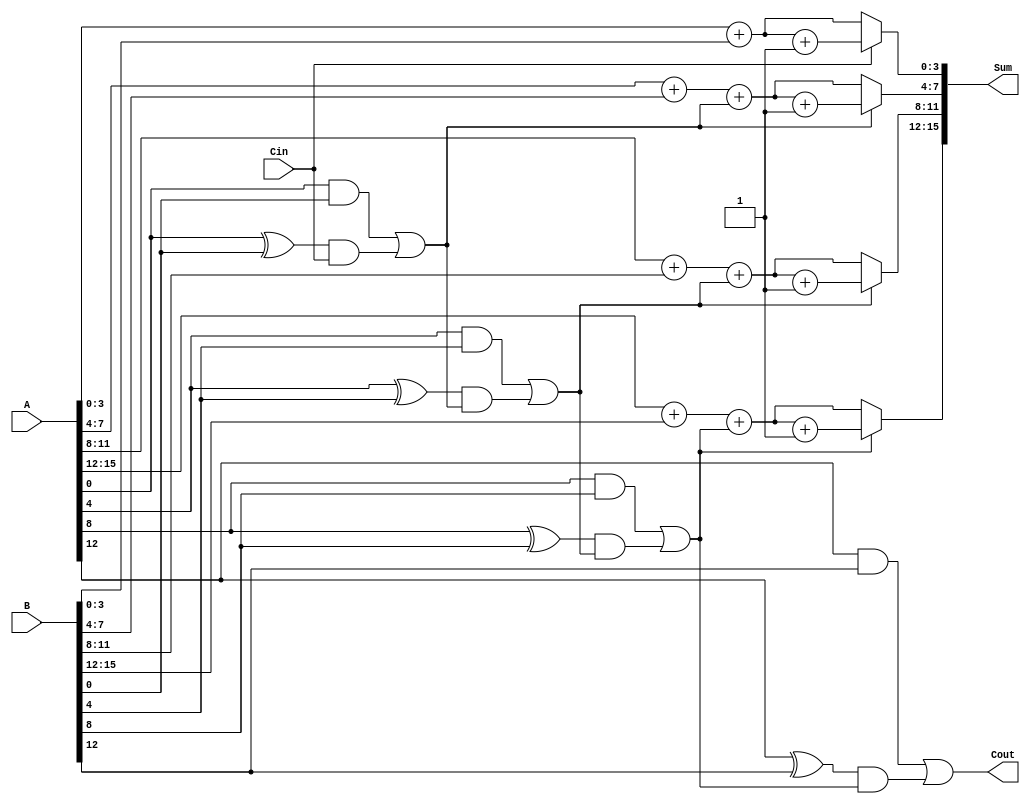
module CarrySelectAdder #(parameter N = 16, // Total number of bits
                          parameter GROUP_SIZE = 4) // Size of each group
(
    input [N-1:0] A,       // First input
    input [N-1:0] B,       // Second input
    input Cin,             // Carry input
    output [N-1:0] Sum,    // Sum output
    output Cout            // Carry output
);

    localparam NUM_GROUPS = N / GROUP_SIZE;
    
    wire [GROUP_SIZE-1:0] sum0 [NUM_GROUPS-1:0]; // Partial sums for Cin = 0
    wire [GROUP_SIZE-1:0] sum1 [NUM_GROUPS-1:0]; // Partial sums for Cin = 1
    wire [NUM_GROUPS-1:0] carry_out;              // Carry out for each group
    wire [NUM_GROUPS:0] carry_in;                 // Carry in for each group
    wire [GROUP_SIZE-1:0] G [NUM_GROUPS-1:0];     // Generate signals
    wire [GROUP_SIZE-1:0] P [NUM_GROUPS-1:0];     // Propagate signals

    // Generate and Propagate signals for each group
    genvar i, j;
    generate
        for (i = 0; i < NUM_GROUPS; i = i + 1) begin : group
            for (j = 0; j < GROUP_SIZE; j = j + 1) begin : bit
                assign G[i][j] = A[i*GROUP_SIZE + j] & B[i*GROUP_SIZE + j]; // Generate
                assign P[i][j] = A[i*GROUP_SIZE + j] ^ B[i*GROUP_SIZE + j]; // Propagate
            end
            
            // Calculate partial sums for Cin = 0 and Cin = 1
            if (i == 0) begin
                assign sum0[i] = A[GROUP_SIZE-1:0] + B[GROUP_SIZE-1:0];
                assign sum1[i] = sum0[i] + 1; // Add 1 for Cin = 1
            end else begin
                assign sum0[i] = A[i*GROUP_SIZE +: GROUP_SIZE] + B[i*GROUP_SIZE +: GROUP_SIZE] + carry_in[i];
                assign sum1[i] = sum0[i] + 1; // Add 1 for Cin = 1
            end
        end
    endgenerate

    // Carry Lookahead Logic
    assign carry_in[0] = Cin;
    generate
        for (i = 1; i <= NUM_GROUPS; i = i + 1) begin : carry_logic
            assign carry_out[i-1] = G[i-1] | (P[i-1] & carry_in[i-1]);
            assign carry_in[i] = carry_out[i-1];
        end
    endgenerate

    // Final Sum Calculation
    generate
        for (i = 0; i < NUM_GROUPS; i = i + 1) begin : final_sum
            assign Sum[i*GROUP_SIZE +: GROUP_SIZE] = carry_in[i] ? sum1[i] : sum0[i];
        end
    endgenerate

    // Final Carry Output
    assign Cout = carry_out[NUM_GROUPS-1];

endmodule